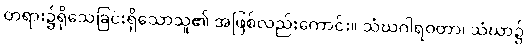
တရား၌ရိုသေခြင်းရှိသောသူ၏ အဖြစ်လည်းကောင်း။ သံဃဂါရဝတာ၊ သံဃာ၌